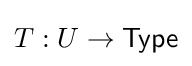
T:U\to {\mathsf {Type}}